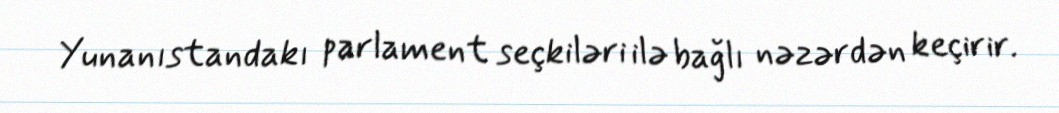
Yunanıstandakı parlament seçkiləri ilə bağlı nəzərdən keçirir.